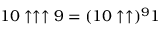
1 0 \uparrow \uparrow \uparrow 9 = ( 1 0 \uparrow \uparrow ) ^ { 9 } 1